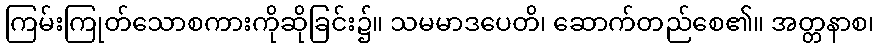
ကြမ်းကြုတ်သောစကားကိုဆိုခြင်း၌။ သမမာဒပေတိ၊ ဆောက်တည်စေ၏။ အတ္တနာစ၊